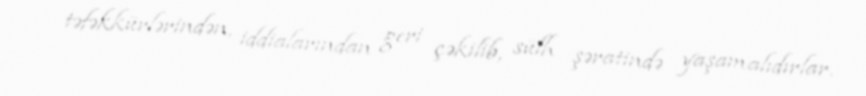
təfəkkürlərindən, iddialarından geri çəkilib, sülh şəratində yaşamalıdırlar.